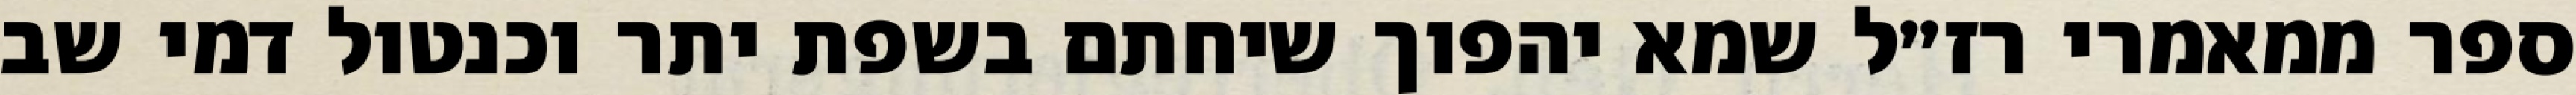
ספר ממאמרי רז״ל שמא יהפוך שיחתם בשפת יתר וכנטול דמי שב